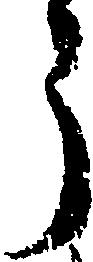
う